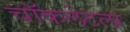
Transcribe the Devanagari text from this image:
चॉकलेटला